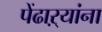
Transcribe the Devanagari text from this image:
पेंढाऱ्यांना